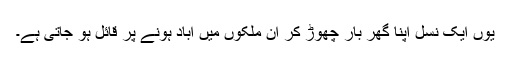
یوں ایک نسل اپنا گھر بار چھوڑ کر ان ملکوں میں آباد ہونے پر قائل ہو جاتی ہے۔